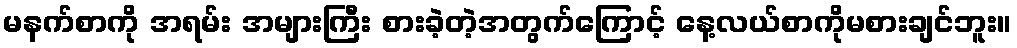
မနက်စာကို အရမ်း အများကြီး စားခဲ့တဲ့အတွက်ကြောင့် နေ့လယ်စာကိုမစားချင်ဘူး။